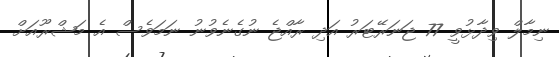
ނިމާލް ވިދާޅުވީ 77 ޖަނަރޭޓަރު އަދި ރާއްޖެ ނުގެނެވުނު ނަމަވެސް އެ މަޝްރޫއަށް